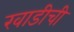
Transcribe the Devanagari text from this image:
खाडीची